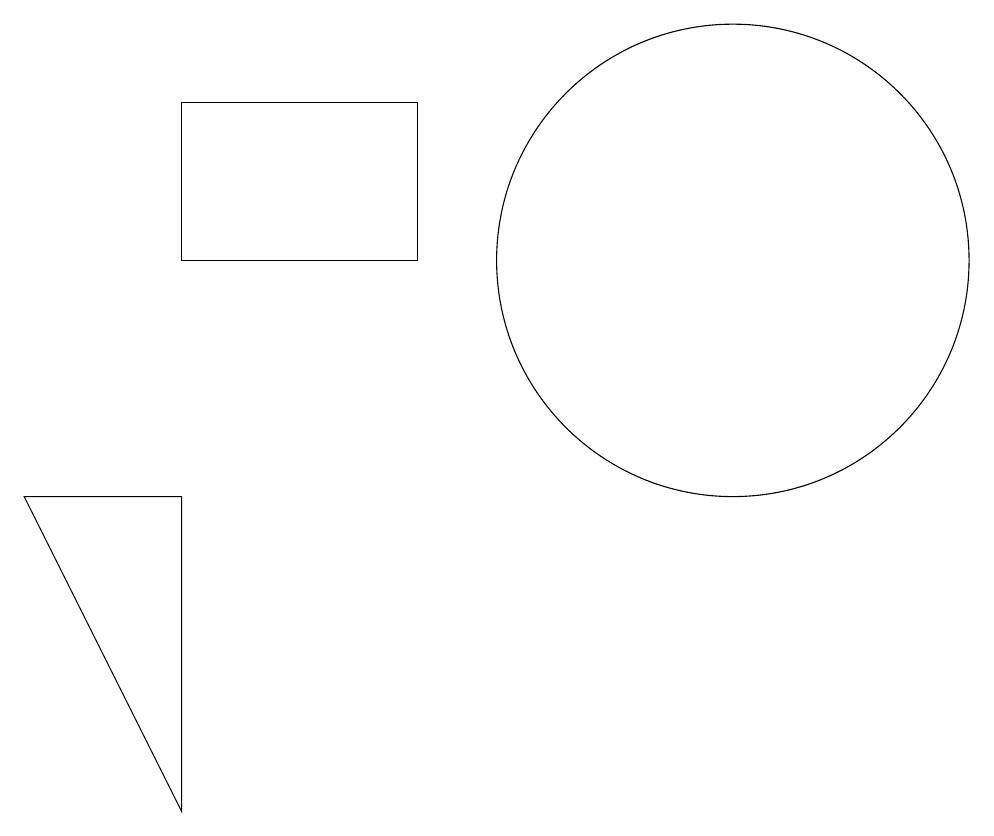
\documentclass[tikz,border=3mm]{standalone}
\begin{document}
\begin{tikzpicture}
\draw (3,8) -- (3,4) -- (1,8) -- cycle;
\draw (10,11) circle (3);
\draw (3,13) rectangle (6,11);
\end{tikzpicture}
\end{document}